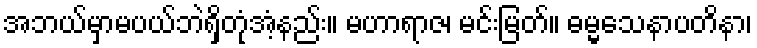
အဘယ်မှာမပယ်ဘဲရှိတုံအံ့နည်း။ မဟာရာဇ၊ မင်းမြတ်။ ဓမ္မသေနာပတိနာ၊